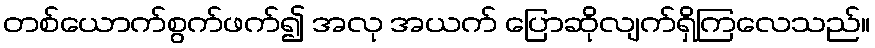
တစ်ယောက်စွက်ဖက်၍ အလု အယက် ပြောဆိုလျက်ရှိကြလေသည်။